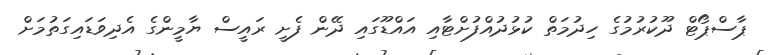
ޕާސްޕޯޓް ދޫކުރުމުގެ ހިދުމަތް ކުޅުދުއްފުށްޓާއި އައްޑޫގައި ދޭން ފެށީ ރައީސް ޔާމީންގެ އެދިވަޑައިގަތުމަށް